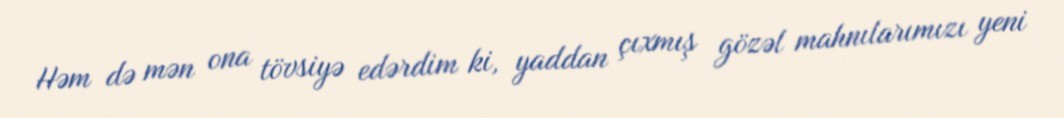
Həm də mən ona tövsiyə edərdim ki, yaddan çıxmış gözəl mahnılarımızı yeni